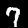
Label: 7